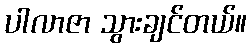
ပါလာဇာ သွားချင်တယ်။